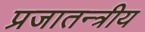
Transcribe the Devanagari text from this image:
प्रजातन्त्रीय